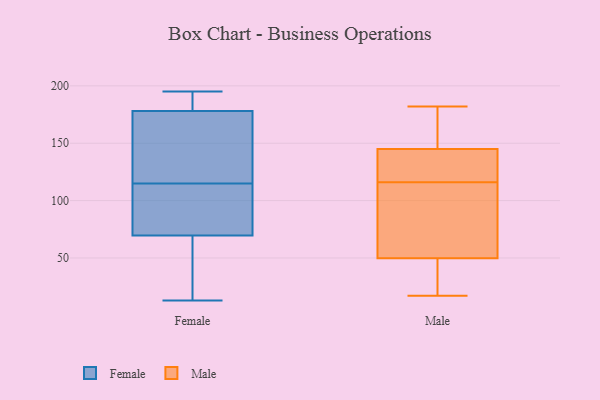
{"axis": {"x": "Gross Profit (USD K)", "y": "Value"}, "legend": ["Female", "Male"], "data": [{"x": "", "y": 61, "type": "Female"}, {"x": "", "y": 130, "type": "Female"}, {"x": "", "y": 114, "type": "Female"}, {"x": "", "y": 72, "type": "Female"}, {"x": "", "y": 85, "type": "Female"}, {"x": "", "y": 13, "type": "Female"}, {"x": "", "y": 139, "type": "Female"}, {"x": "", "y": 84, "type": "Female"}, {"x": "", "y": 152, "type": "Female"}, {"x": "", "y": 186, "type": "Female"}, {"x": "", "y": 194, "type": "Female"}, {"x": "", "y": 67, "type": "Female"}, {"x": "", "y": 64, "type": "Female"}, {"x": "", "y": 45, "type": "Female"}, {"x": "", "y": 115, "type": "Female"}, {"x": "", "y": 184, "type": "Female"}, {"x": "", "y": 115, "type": "Female"}, {"x": "", "y": 195, "type": "Female"}, {"x": "", "y": 190, "type": "Female"}, {"x": "", "y": 172, "type": "Female"}, {"x": "", "y": 43, "type": "Male"}, {"x": "", "y": 70, "type": "Male"}, {"x": "", "y": 182, "type": "Male"}, {"x": "", "y": 88, "type": "Male"}, {"x": "", "y": 117, "type": "Male"}, {"x": "", "y": 23, "type": "Male"}, {"x": "", "y": 139, "type": "Male"}, {"x": "", "y": 40, "type": "Male"}, {"x": "", "y": 85, "type": "Male"}, {"x": "", "y": 17, "type": "Male"}, {"x": "", "y": 147, "type": "Male"}, {"x": "", "y": 116, "type": "Male"}, {"x": "", "y": 182, "type": "Male"}, {"x": "", "y": 136, "type": "Male"}, {"x": "", "y": 161, "type": "Male"}]}